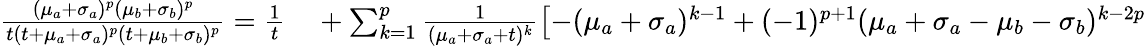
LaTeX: \begin{array}{rl}{\frac{(\mu_{a}+\sigma_{a})^{p}(\mu_{b}+\sigma_{b})^{p}}{t(t+\mu_{a}+\sigma_{a})^{p}(t+\mu_{b}+\sigma_{b})^{p}}=\frac{1}{t}}&{{}+\sum_{k=1}^{p}\frac{1}{(\mu_{a}+\sigma_{a}+t)^{k}}\left[-(\mu_{a}+\sigma_{a})^{k-1}+(-1)^{p+1}(\mu_{a}+\sigma_{a}-\mu_{b}-\sigma_{b})^{k-2p}\right.}\end{array}